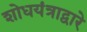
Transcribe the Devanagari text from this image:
शोधयंत्राद्वारे